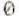
0